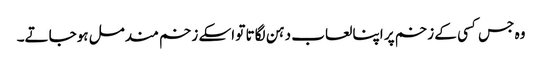
وہ جس کسی کے زخم پر اپنا لعاب دہن لگاتا تو اسکے زخم مندمل ہوجاتے۔